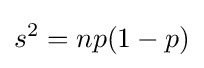
s^{2}=np(1-p)